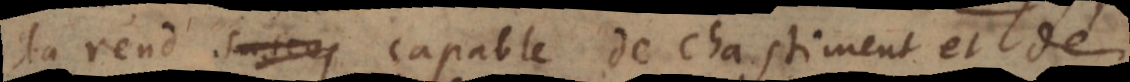
la rend suscep capable de chastiment et de